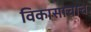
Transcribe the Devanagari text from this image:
विकासाचाच